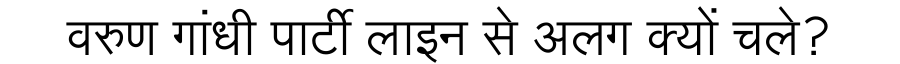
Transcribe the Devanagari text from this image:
वरुण गांधी पार्टी लाइन से अलग क्यों चले?